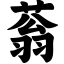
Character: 蓊